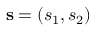
{ { \bf s } } = ( s _ { 1 } , s _ { 2 } )